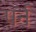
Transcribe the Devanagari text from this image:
पर्न